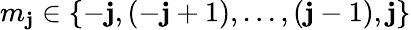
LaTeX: m_{\mathbf{j}}\in\{ -\mathbf{j},(-\mathbf{j}+1),\ldots,(\mathbf{j}-1),\mathbf{j}\}